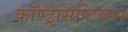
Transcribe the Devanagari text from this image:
कॉण्ट्रासेप्टिव्ह्स